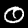
Label: 0